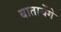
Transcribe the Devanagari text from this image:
बातायेंगे